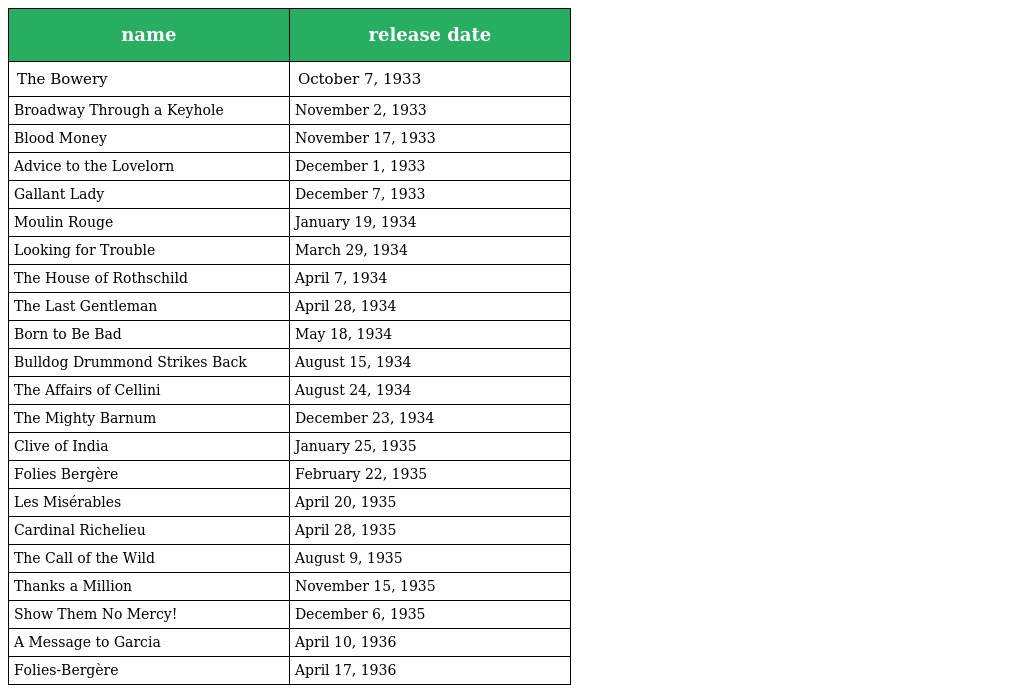
| name | release date |
 | --- | --- |
 | The Bowery | October 7, 1933 |
 | Broadway Through a Keyhole | November 2, 1933 |
 | Blood Money | November 17, 1933 |
 | Advice to the Lovelorn | December 1, 1933 |
 | Gallant Lady | December 7, 1933 |
 | Moulin Rouge | January 19, 1934 |
 | Looking for Trouble | March 29, 1934 |
 | The House of Rothschild | April 7, 1934 |
 | The Last Gentleman | April 28, 1934 |
 | Born to Be Bad | May 18, 1934 |
 | Bulldog Drummond Strikes Back | August 15, 1934 |
 | The Affairs of Cellini | August 24, 1934 |
 | The Mighty Barnum | December 23, 1934 |
 | Clive of India | January 25, 1935 |
 | Folies Bergère | February 22, 1935 |
 | Les Misérables | April 20, 1935 |
 | Cardinal Richelieu | April 28, 1935 |
 | The Call of the Wild | August 9, 1935 |
 | Thanks a Million | November 15, 1935 |
 | Show Them No Mercy! | December 6, 1935 |
 | A Message to Garcia | April 10, 1936 |
 | Folies-Bergère | April 17, 1936 |